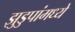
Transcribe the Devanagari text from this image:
झुडुपांमध्ये